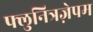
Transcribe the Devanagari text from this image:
फ्लुनित्रज़ेपम